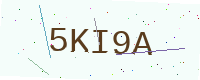
Text: 5KI9A